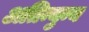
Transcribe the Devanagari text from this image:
अतिन्युन्य